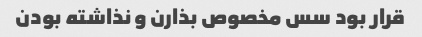
قرار بود سس مخصوص بذارن و نذاشته بودن